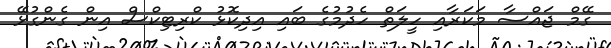
ގޭމް ޖައްސާ މަކަރާއި ހީލަތް ހެދުމުގެ ބައި އިދިކޮޅު ކްރިޓިކްސް އިން ގެންގުޅޭ